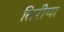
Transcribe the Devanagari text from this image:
तिरीया